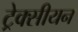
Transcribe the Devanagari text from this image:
ट्रेक्सीयन